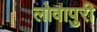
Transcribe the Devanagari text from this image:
लोवापुरी